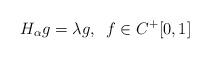
LaTeX: \begin{align*}H_{\alpha}g=\lambda g, \,\ f\in C^{+}[0,1]\end{align*}